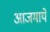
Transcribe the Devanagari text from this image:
आजमाये